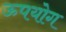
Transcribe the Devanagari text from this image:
ऊपयोग